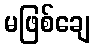
မဖြစ်ချေ